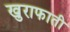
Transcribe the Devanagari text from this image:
खुराफाती